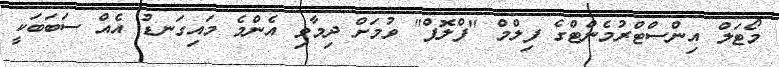
މޯޓަލް އިންސްޓްރުމެންޓްގެ ފިލްމް "ފްލޮޕް" ވުމަށް ދިމާވި އެންމެ މައިގަނޑު އެއް ސަބަބަކީ